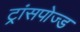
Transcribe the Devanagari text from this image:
ट्रांसपोज्ड